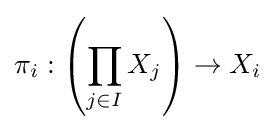
\pi _{i}:\left(\prod _{j\in I}X_{j}\right)\to X_{i}